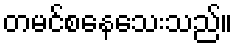
တမင်စနေသေးသည်။